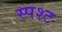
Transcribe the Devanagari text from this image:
स्पश्‍ट